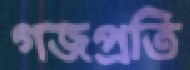
গজপ্রতি